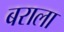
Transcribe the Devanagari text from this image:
बराला